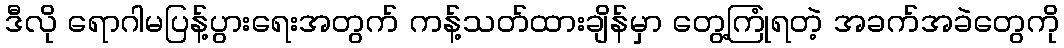
ဒီလို ရောဂါမပြန့်ပွားရေးအတွက် ကန့်သတ်ထားချိန်မှာ တွေ့ကြုံရတဲ့ အခက်အခဲတွေကို